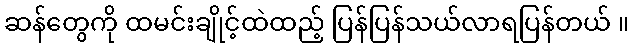
ဆန်တွေကို ထမင်းချိုင့်ထဲထည့် ပြန်ပြန်သယ်လာရပြန်တယ် ။